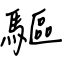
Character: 驅